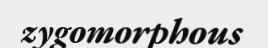
zygomorphous